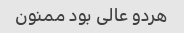
هردو عالی بود ممنون